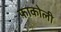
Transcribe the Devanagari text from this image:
फाकोली